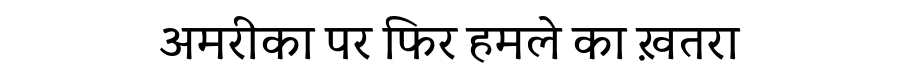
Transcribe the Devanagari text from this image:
अमरीका पर फिर हमले का ख़तरा